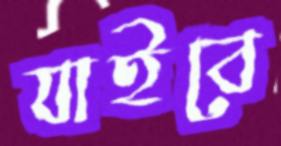
যাইবে